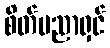
စိတ်ပညာရှင်